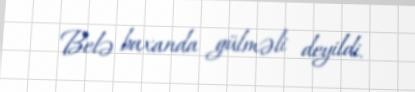
Belə baxanda gülməli deyildi.